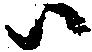
ハ